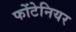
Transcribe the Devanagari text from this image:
फोंटेनियर